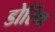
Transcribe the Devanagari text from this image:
डोरिंग